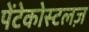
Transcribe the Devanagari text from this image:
पेंटेकोस्टलज़